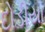
દોડીયા